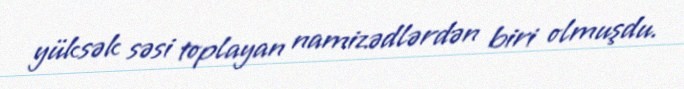
yüksək səsi toplayan namizədlərdən biri olmuşdu.